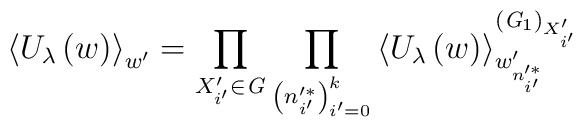
\left\langle U_{\lambda}\left(w\right)\right\rangle_{w'}=\prod_{X'_{i'}\in {\it G}}\prod_{\left(n'^{*}_{i'}\right)^{k}_{i'=0}}\left\langle U_{\lambda}\left(w\right)\right\rangle^{\left({\it G}_{1}\right)_{X'_{i'}}}_{w'_{n'^{*}_{i'}}}